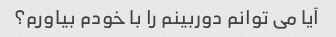
آیا می توانم دوربینم را با خودم بیاورم؟